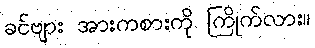
ခင်ဗျား အားကစားကို ကြိုက်လား။